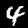
Label: 4